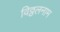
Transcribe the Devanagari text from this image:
विठ्ठलनाम